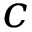
c